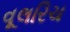
વૂલરિચ